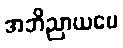
အဘိညာယပေ